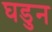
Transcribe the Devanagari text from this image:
घडुन